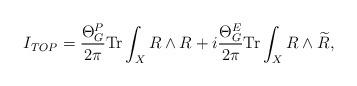
LaTeX: \begin{align*}I_{TOP}=\frac{\Theta _{G}^{P}}{2\pi }{\rm Tr}\int_{X}R\wedge R+i\frac{\Theta _{G}^{E}}{2\pi }{\rm Tr}\int_{X}R\wedge \widetilde{R},\end{align*}